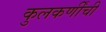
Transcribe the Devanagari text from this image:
कुलकर्णींची